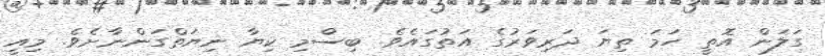
ގަލަން އޮތީ ހަމަ ތިޔަ ދަރިވަރުގެ އަތުގައެވެ. ބިސްމި ކިޔާ ނިޔަތްގަންނާށެވެ. މިއީ